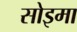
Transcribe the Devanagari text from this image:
सोइमा